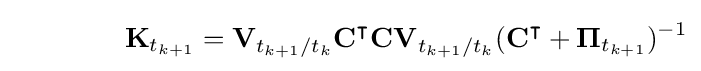
\qquad \qquad \mathbf {K} _{t_{k+1}}=\mathbf {V} _{t_{k+1}/t_{k}}\mathbf {C} ^{\intercal }\mathbf {CV} _{t_{k+1}/t_{k}}(\mathbf {C} ^{\intercal }+\mathbf {\Pi } _{t_{k+1}})^{-1}